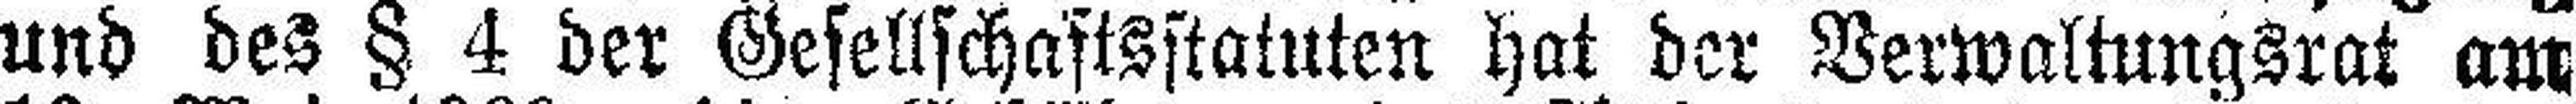
und des § 4 der Gesellschaftsstatuten hat der Verwaltungsrat am